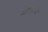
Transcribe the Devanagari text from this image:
थोगजाओ